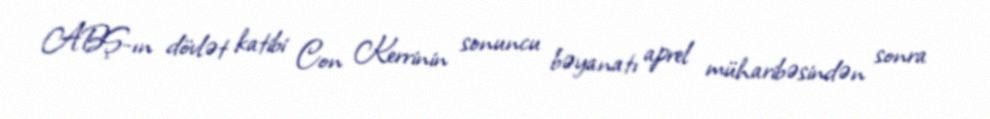
ABŞ-ın dövlət katibi Con Kerrinin sonuncu bəyanatı aprel müharibəsindən sonra